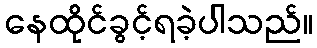
နေထိုင်ခွင့်ရခဲ့ပါသည်။